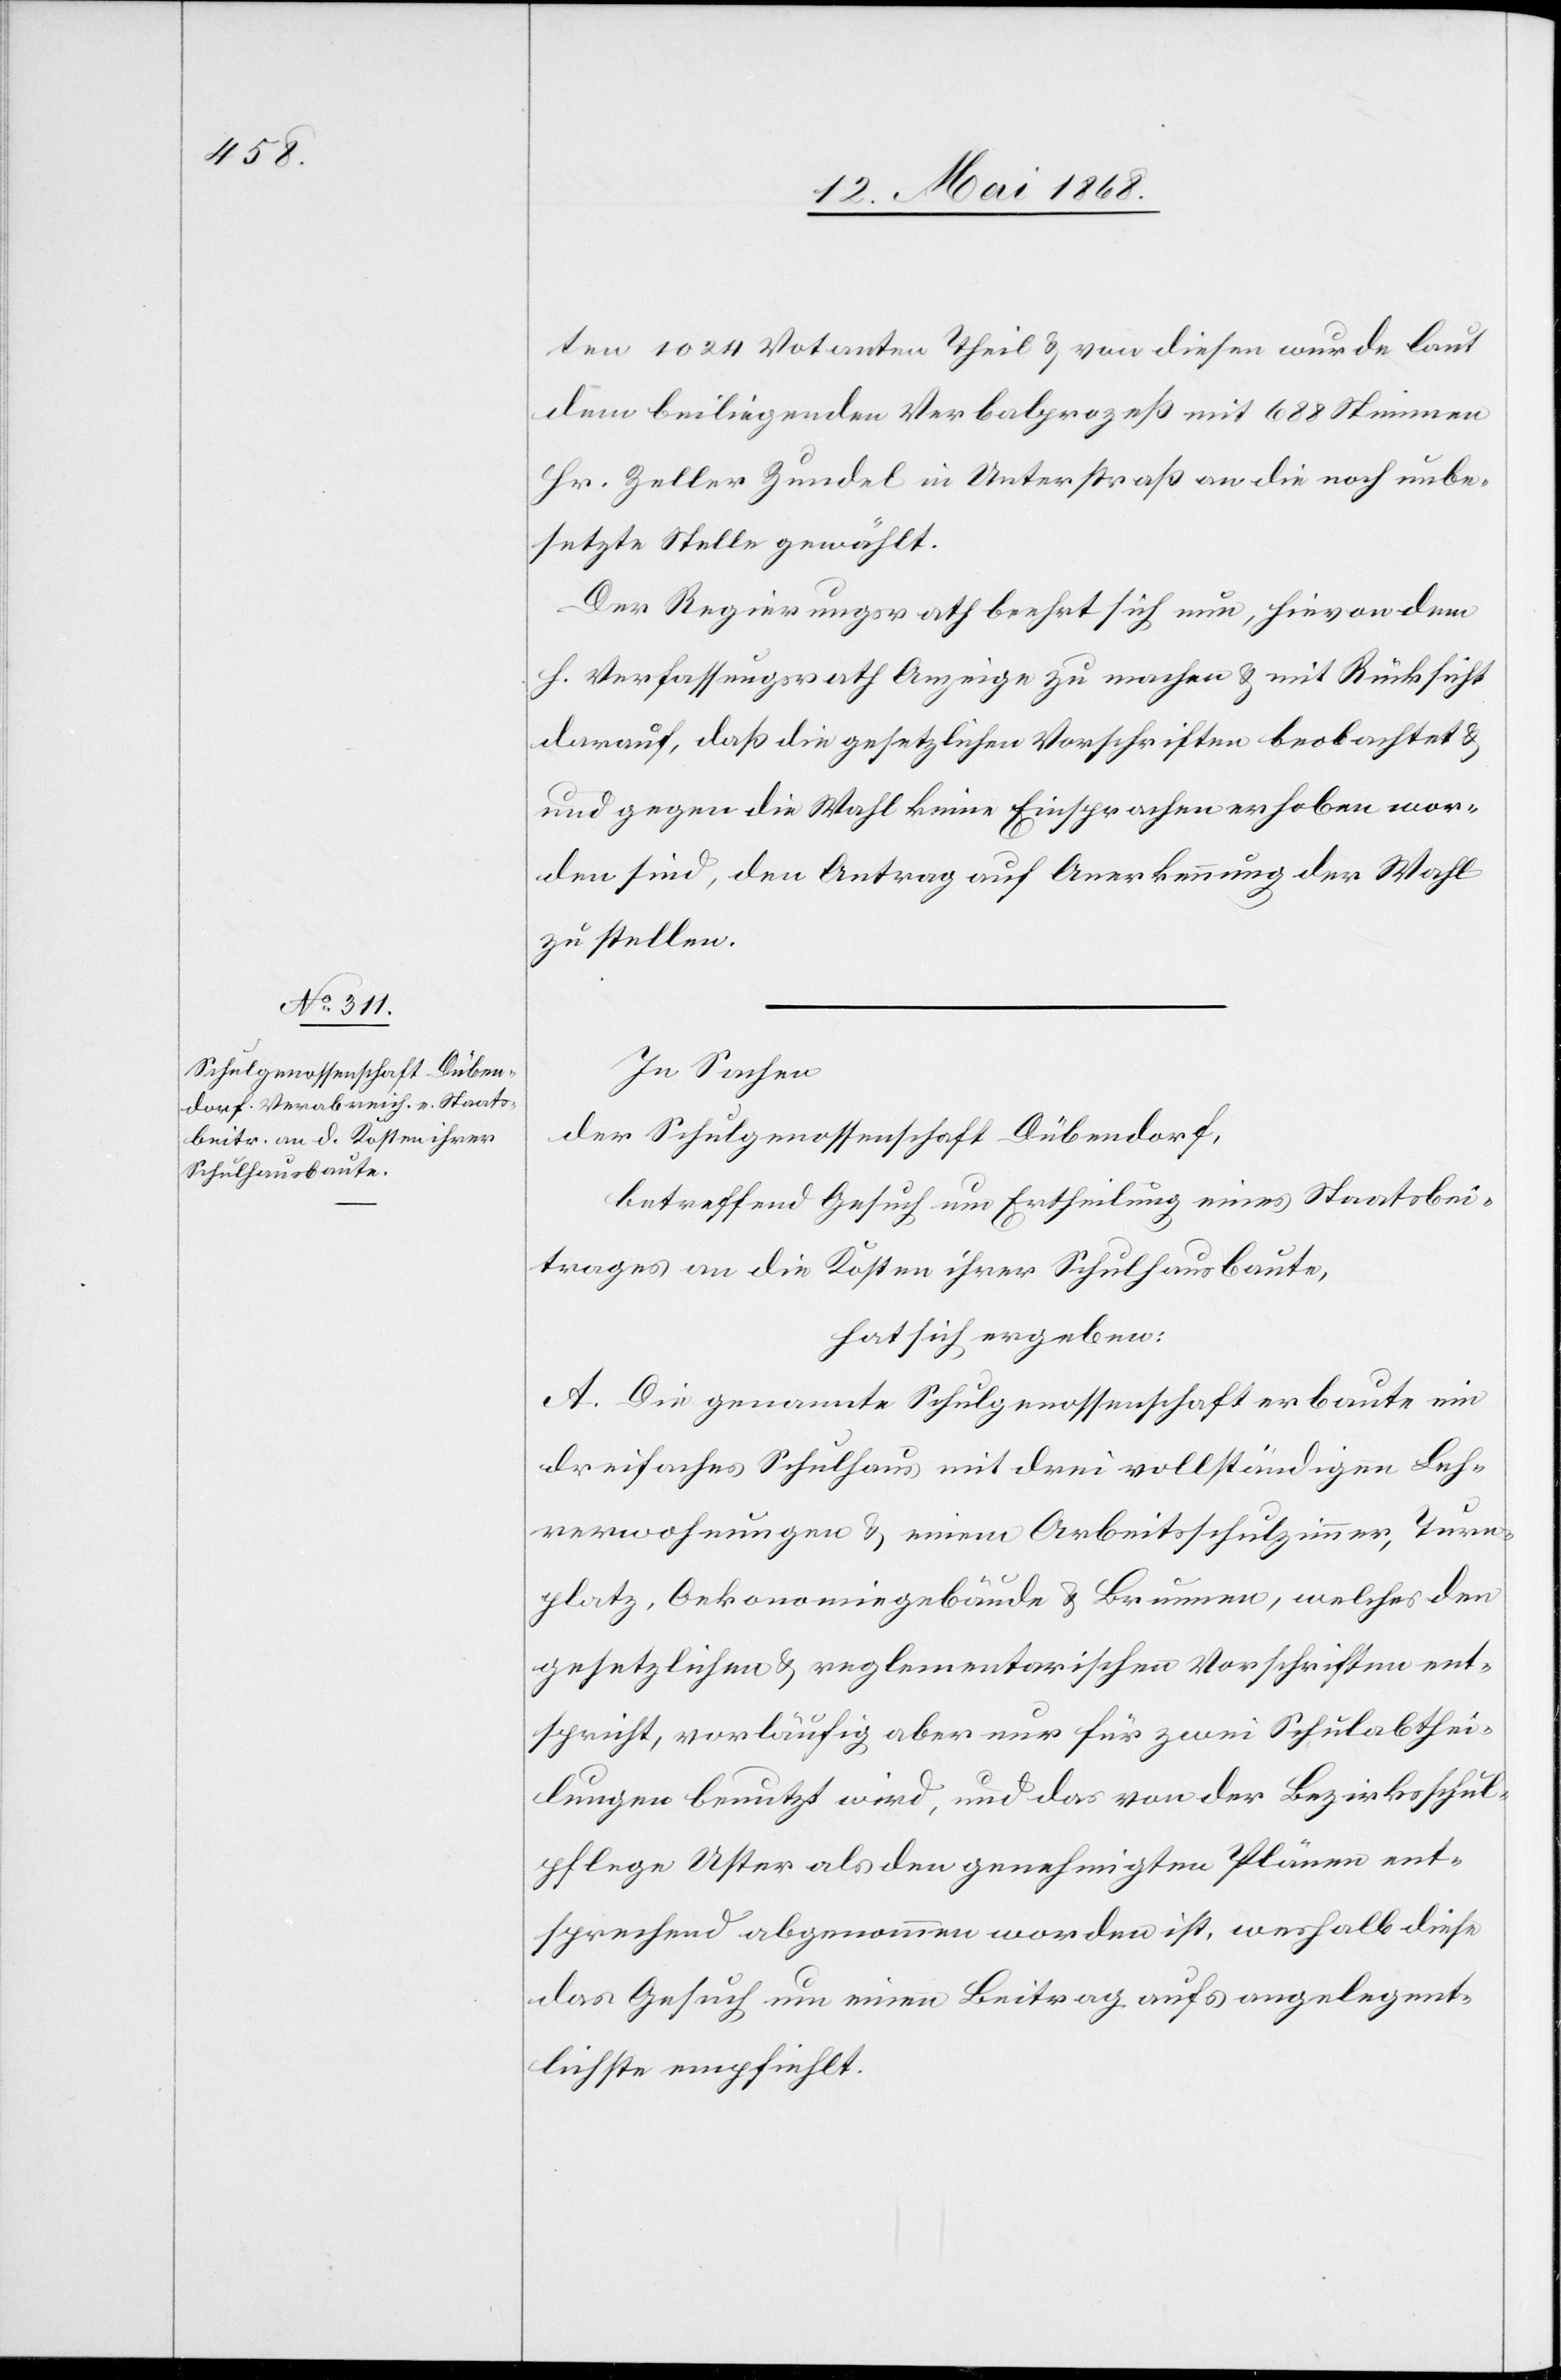
ten 1024 Votanten Theil & von diesen wurde laut
dem beiliegenden Verbalprozeß mit 688 Stimmen
Hr. Zeller Zundel in Unterstraß an die noch unbe¬
setzte Stelle gewählt.
Der Regierungsrath beehrt sich nun, hievon dem
h. Verfassungsrath Anzeige zu machen & mit Rücksicht
darauf, daß die gesetzlichen Vorschriften beobachtet &
gegen die Wahl keine Einsprachen erhoben wor¬
den sind, den Antrag auf Anerkennung der Wahl
zu stellen.
In Sachen
der Schulgenossenschaft Dübendorf,
betreffend Gesuch um Ertheilung eines Staatsbei¬
trages an die Kosten ihrer Schulhausbaute,
hat sich ergeben:
A. Die genannte Schulgenossenschaft erbaute ein
dreifaches Schulhaus mit drei vollständigen Leh¬
rerwohnungen & einem Arbeitsschulzimmer, Turn¬
platz, Oekonomiegebäude & Brunnen, welches den
gesetzlichen & reglementarischen Vorschriften ent¬
spricht, vorläufig aber nur für zwei Schulabthei¬
lungen benutzt wird, und das von der Bezirksschul¬
pflege Uster als den genehmigten Plänen ent¬
sprechend abgenommen worden ist, weshalb diese
das Gesuch um einen Beitrag aufs angelegent¬
lichste empfiehlt.